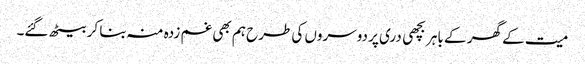
میت کے گھر کے باہر بچھی دری پر دوسروں کی طرح ہم بھی غم زدہ منہ بنا کر بیٹھ گئے۔